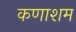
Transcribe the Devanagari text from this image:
कणाशम